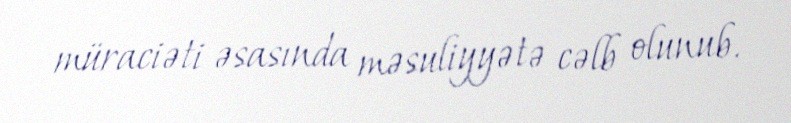
müraciəti əsasında məsuliyyətə cəlb olunub.